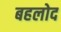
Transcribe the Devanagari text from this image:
बहलोद